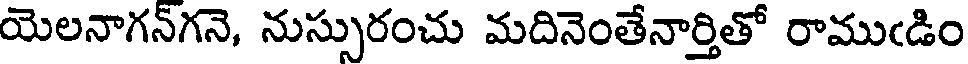
యెలనాగన్గనె, నుస్సురంచు మదినెంతేనార్తితో రాముఁడిం